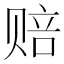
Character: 赔